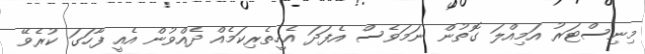
މިނިސްޓަރު އަމިއްލަ ގޮތުން ނަމަވެސް އެފަދަ އެހީތެރިކަމެއް ދެއްވުން އެއީ ފާހަގަ ކުރެވޭ